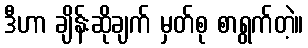
ဒီဟာ ချိန်းဆိုချက် မှတ်စု စာရွက်တဲ့။